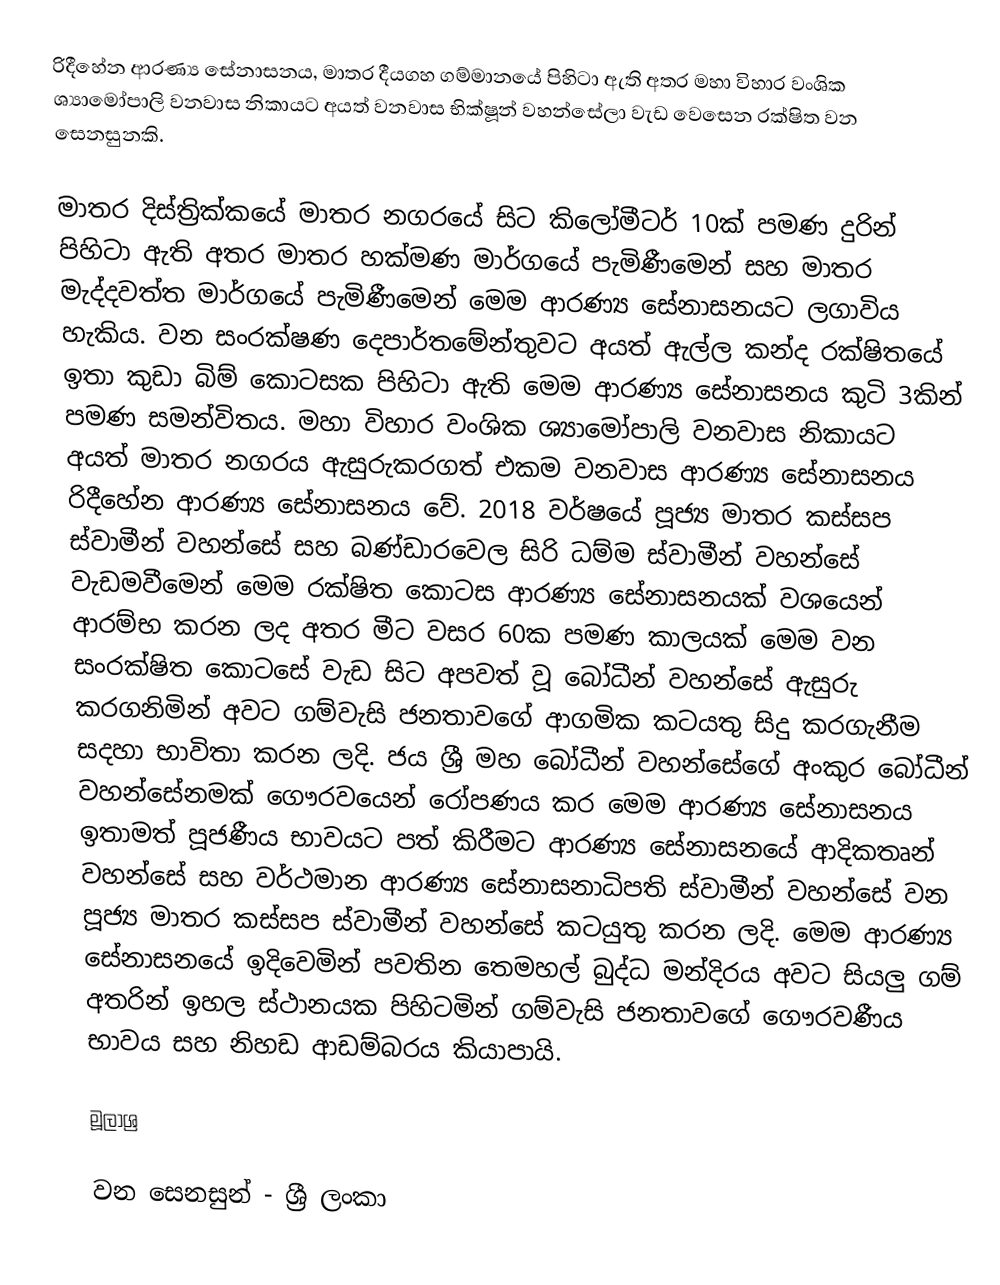
රිදීහේන ආරණ්‍ය සේනාසනය, මාතර දීයගහ ගම්මානයේ පිහිටා ඇති අතර මහා විහාර වංශික ශ්‍යාමෝපාලි වනවාස නිකායට අයත් වනවාස භික්ෂූන් වහන්සේලා වැඩ වෙසෙන රක්ෂිත වන සෙනසුනකි.

මාතර දිස්ත්‍රික්කයේ මාතර නගරයේ සිට කිලෝමීටර් 10ක් පමණ දුරින් පිහිටා ඇති අතර මාතර හක්මණ මාර්ගයේ පැමිණීමෙන් සහ මාතර මැද්දවත්ත මාර්ගයේ පැමිණීමෙන් මෙම ආරණ්‍ය සේනාසනයට ලගාවිය හැකිය. වන සංරක්ෂණ දෙපාර්තමේන්තුවට අයත් ඇල්ල කන්ද රක්ෂිතයේ ඉතා කුඩා බිම් කොටසක පිහිටා ඇති මෙම ආරණ්‍ය සේනාසනය කුටි 3කින් පමණ සමන්විතය. මහා විහාර වංශික ශ්‍යාමෝපාලි වනවාස නිකායට අයත් මාතර නගරය ඇසුරුකරගත් එකම වනවාස ආරණ්‍ය සේනාසනය රිදීහේන ආරණ්‍ය සේනාසනය වේ. 2018 වර්ෂයේ පූජ්‍ය මාතර කස්සප ස්වාමීන් වහන්සේ සහ බණ්ඩාරවෙල සිරි ධම්ම ස්වාමීන් වහන්සේ වැඩමවීමෙන් මෙම රක්ෂිත කොටස ආරණ්‍ය සේනාසනයක් වශයෙන් ආරම්භ කරන ලද අතර මීට වසර 60ක පමණ කාලයක් මෙම වන සංරක්ෂිත කොටසේ වැඩ සිට අපවත් වූ බෝධීන් වහන්සේ ඇසුරු කරගනිමින් අවට ගම්වැසි ජනතාවගේ ආගමික කටයතු සිදු කරගැනීම සදහා භාවිතා කරන ලදි. ජය ශ්‍රී මහ බෝධීන් වහන්සේගේ අංකුර බෝධීන් වහන්සේනමක් ගෞරවයෙන් රෝපණය කර මෙම ආරණ්‍ය සේනාසනය ඉතාමත් පූජණීය භාවයට පත් කිරීමට ආරණ්‍ය සේනාසනයේ ආදිකතෘන් වහන්සේ සහ වර්ථමාන ආරණ්‍ය සේනාසනාධිපති ස්වාමීන් වහන්සේ වන පූජ්‍ය මාතර කස්සප ස්වාමීන් වහන්සේ කටයුතු කරන ලදි. මෙම ආරණ්‍ය සේනාසනයේ ඉදිවෙමින් පවතින තෙමහල් බුද්ධ මන්දිරය අවට සියලු ගම් අතරින් ඉහල ස්ථානයක පිහිටමින් ගම්වැසි ජනතාවගේ ගෞරවණීය භාවය සහ නිහඩ ආඩම්බරය කියාපායි.

මූලාශ්‍ර

වන සෙනසුන් - ශ්‍රී ලංකා